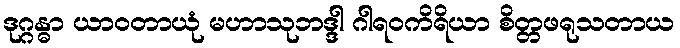
ဒုဂ္ဂန္ဓာ ယာဝတာယုံ မဟာသုဘဒ္ဒါ ဂါရဝကိရိယာ စိတ္တဖရုသတာယ